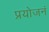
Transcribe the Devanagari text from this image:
प्रयोजनं